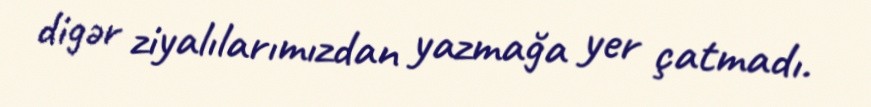
digər ziyalılarımızdan yazmağa yer çatmadı.